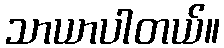
သာယာပါတယ်။